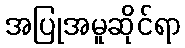
အပြုအမူဆိုင်ရာ